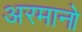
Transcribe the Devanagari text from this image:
अरमानो